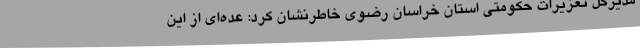
مدیرکل تعزیرات حکومتی استان خراسان رضوی خاطرنشان کرد: عده‌ای از این